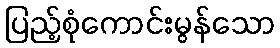
ပြည့်စုံကောင်းမွန်သော